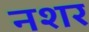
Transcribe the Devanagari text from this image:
नशर